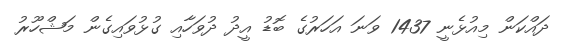
ދައްކަން މިއުޅެނީ 1437 ވަނަ އަހަރުގެ ބޮޑު އީދު ދުވަހާއި ގުޅުވައިގެން މަޝްހޫރު